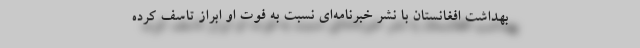
بهداشت افغانستان با نشر خبرنامه‌ای نسبت به فوت او ابراز تاسف کرده